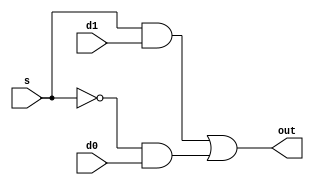
`timescale 1ns / 1ps
//2*1 multiplexer to be used for reset function
module multiplexer(d0,d1,s,out);
input d0,d1,s;
output out;
wire s_complement;
not(s_complement,s);
wire line1,line2;
and(line1,s,d1);
and(line2,s_complement,d0);
or(out,line1,line2);
endmodule